Indian journal of veterinary science and animal husbandry - Volume 7,
Year: 1937
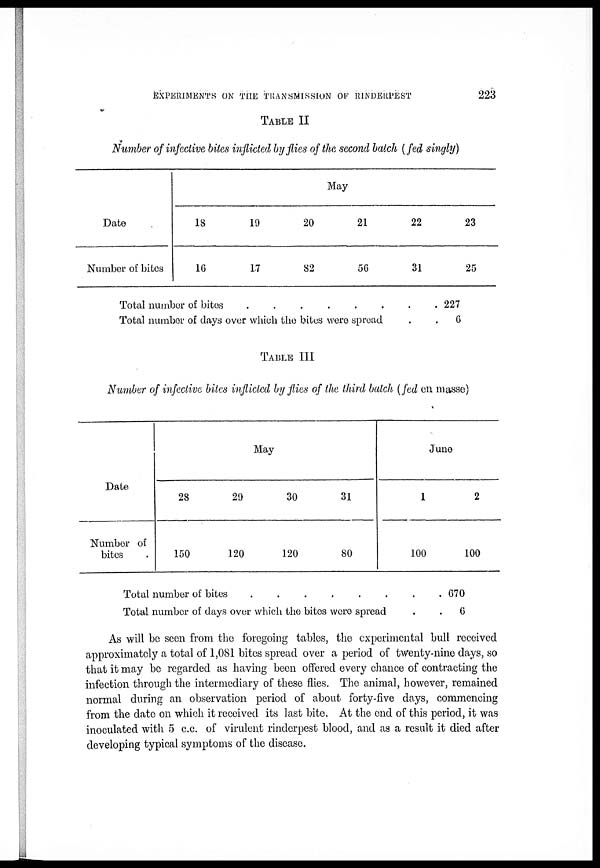
EXPERIMENTS ON THE TRANSMISSION OF RINDERPEST
223
TABLE II
Number of infective bites inflicted by flies of the second batch (fed singly)
Date
Number of bites
May
18
16
19
17
20
82
21
56
22
31
23
25
Total number of bites . . . . . . . .
Total number of days over which the bites were spread . .
227
6
TABLE III
Number of infective bites inflicted by flies of the third batch (fed on masse)
Date
Number of
bites
May
28
150
29
120
30
120
31
80
June
1
100
2
100
Total number of bites . . . . . . . .
Total number of days over which the bites were spread . .
670
6
As will be seen from the foregoing tables, the experimental bull received
approximately a total of 1,081 bites spread over a period of twenty-nine days, so
that it may be regarded as having been offered every chance of contracting the
infection through the intermediary of these flies. The animal, however, remained
normal during an observation period of about forty-five days, commencing
from the date on which it received its last bite. At the end of this period, it was
inoculated with 5 c.c. of virulent rinderpest blood, and as a result it died after
developing typical symptoms of the disease.